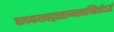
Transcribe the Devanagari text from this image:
तावकस्त्वद्गतप्राणस्त्वच्चित्तोऽहं